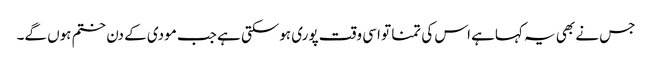
جس نے بھی یہ کہاہے اس کی تمنا تو اسی وقت پوری ہوسکتی ہے جب مودی کے دن ختم ہوں گے۔